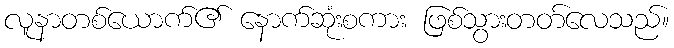
လူနာတစ်ယောက်၏ နောက်ဆုံးစကား ဖြစ်သွားတတ်လေသည်။